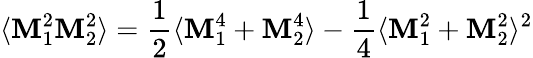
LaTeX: \langle\mathbf{M}_{1}^{2}\mathbf{M}_{2}^{2}\rangle=\frac{{1}}{{2}}\langle\mathbf{M}_{1}^{4}+\mathbf{M}_{2}^{4}\rangle-\frac{{1}}{{4}}\langle\mathbf{M}_{1}^{2}+\mathbf{M}_{2}^{2}\rangle^{2}